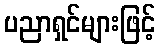
ပညာရှင်များဖြင့်